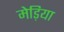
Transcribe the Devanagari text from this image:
मेड़िया